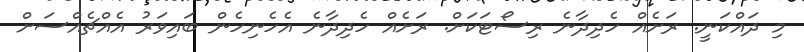
މި ދައްކަނީ. ރަށެއް ހެދިދާނެ ރިސޯޓަކަށް. ރަށެއް ހެދިދާނެ އެހެނިހެން ބައިވަރު އެއްޗެއްސަށް